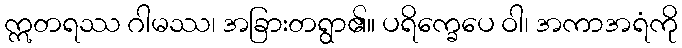
ဣတရဿ ဂါမဿ၊ အခြားတရွာ၏။ ပရိက္ခေပေ ဝါ၊ အကာအရံကို